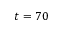
t = 7 0